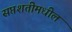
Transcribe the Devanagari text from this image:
सप्तशतीमधील